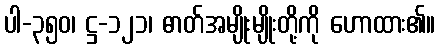
ပါ-၃၅၀၊ ဋ္ဌ-၁၂၁၊ ဓာတ်အမျိုးမျိုးတို့ကို ဟောထား၏။